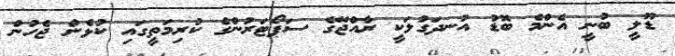
ޑޫލީ ބުނީ އެންމެ ބޮޑު އުނދަގުލަކީ ރާއްޖޭގެ ސަޕޯޓަރުންގެ ކުރިމަތީގައި ކުޅެން ޖެހުން